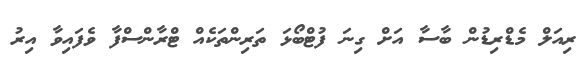
ރިއަލް މެޑްރިޑުން ބާސާ އަށް ގިނަ ފުޓްބޯޅަ ތަރިންތަކެއް ޓްރާންސްފާ ވެފައިވާ އިރު